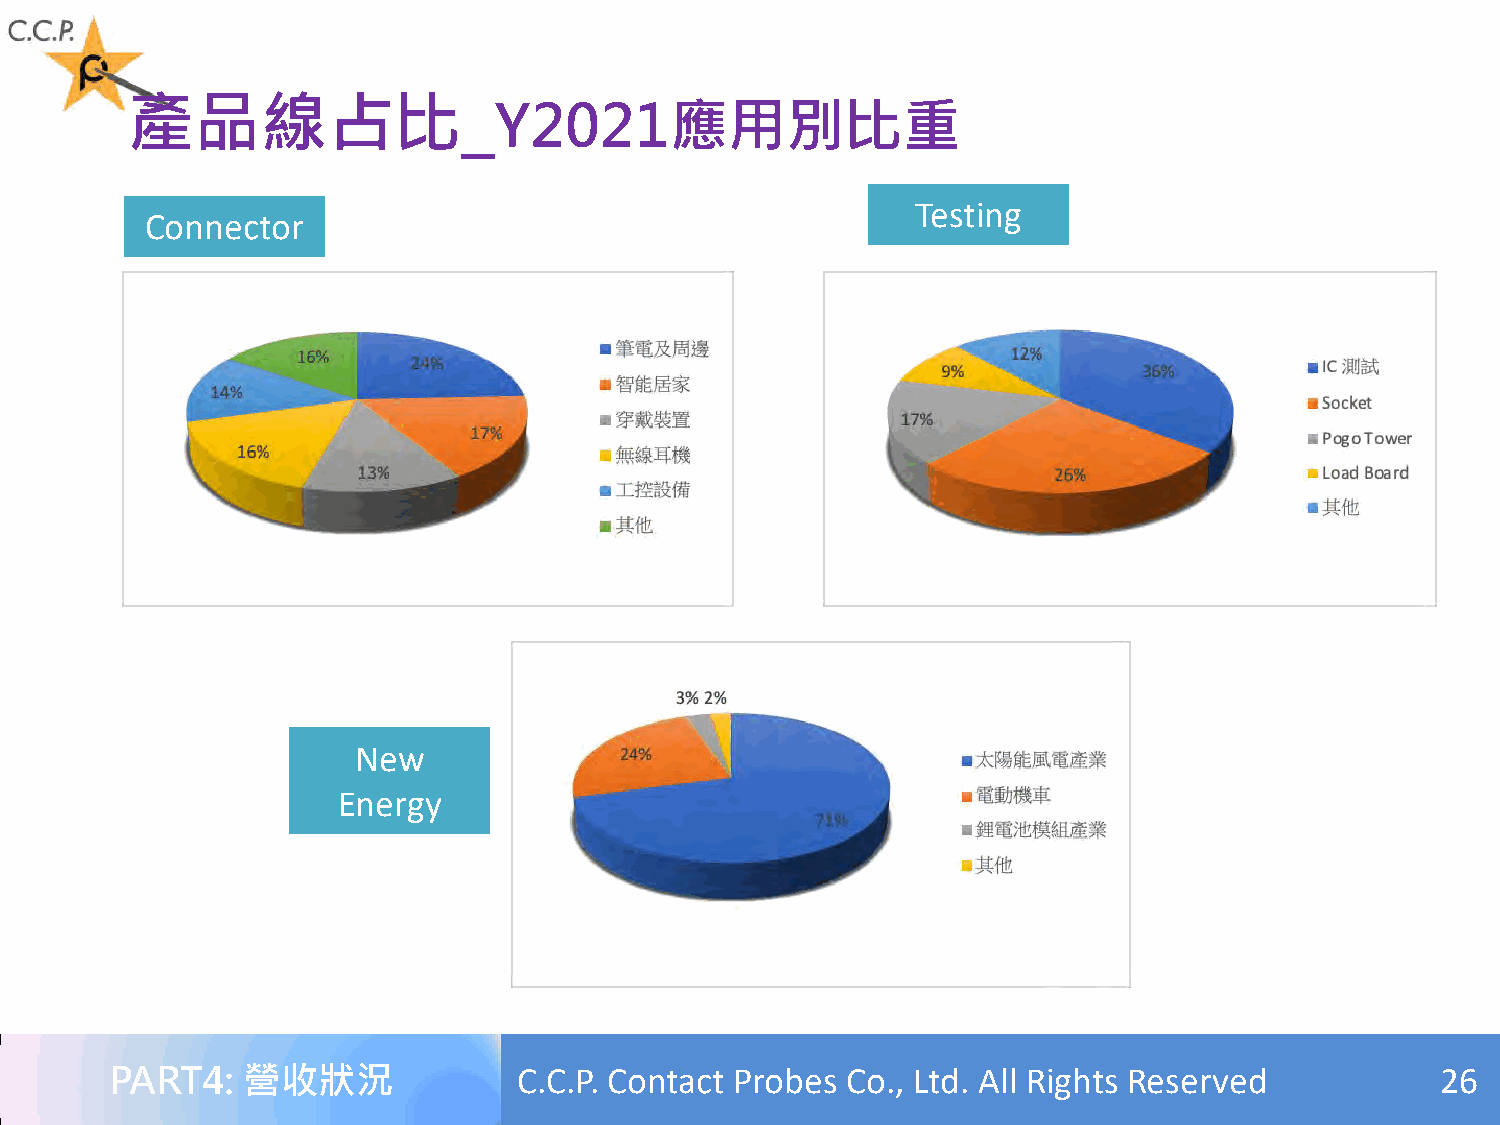
_
 產品線占比
 Y2021應用別比重
 Testing
 Connector
 New
 Energy
 PART4:   營收狀況              C.C.P. Contact Probes Co., Ltd. All Rights Reserved          26